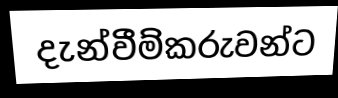
දැන්වීම්කරුවන්ට